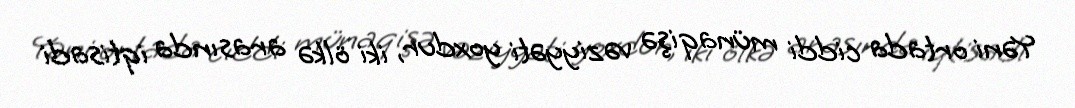
Yəni ortada ciddi münaqişə vəziyyəti yoxdur, iki ölkə arasında iqtisadi